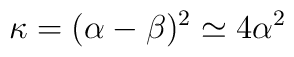
\kappa = ( \alpha -\beta)^2 \simeq 4 \alpha ^2